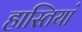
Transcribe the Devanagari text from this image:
हास्तियां